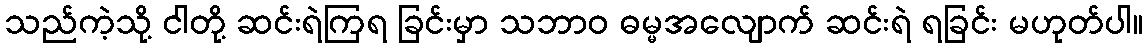
သည်ကဲ့သို့ ငါတို့ ဆင်းရဲကြရ ခြင်းမှာ သဘာဝ ဓမ္မအလျောက် ဆင်းရဲ ရခြင်း မဟုတ်ပါ။